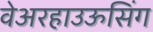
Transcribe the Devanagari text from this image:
वेअरहाउऊसिंग